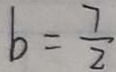
b = \frac { 7 } { 2 }